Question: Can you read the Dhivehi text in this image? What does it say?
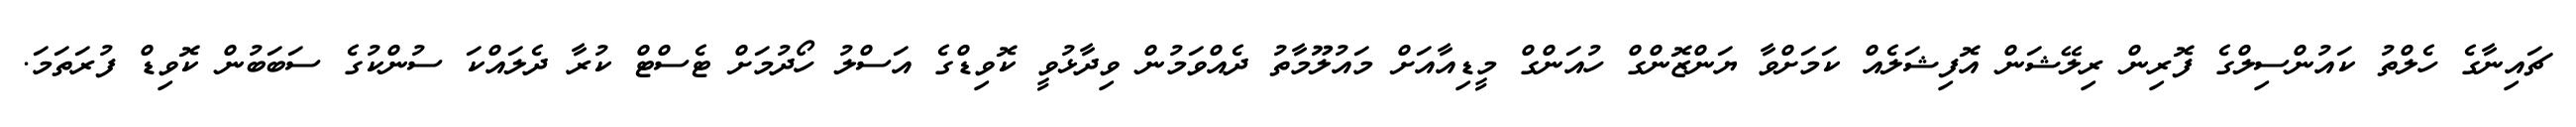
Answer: ޗައިނާގެ ހެލްތު ކައުންސިލްގެ ފޮރިން ރިލޭޝަން އޮފިޝަލެއް ކަމަށްވާ ޔަންޒޮންގް ހުއަންގް މީޑިއާއަށް މައުލޫމާތު ދެއްވަމުން ވިދާޅުވީ ކޮވިޑްގެ އަސްލު ހޯދުމަށް ޓެސްޓް ކުރާ ދެލައްކަ ސުންކުގެ ސަބަބުން ކޮވިޑް ފުރަތަމަ.